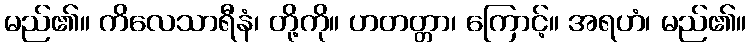
မည်၏။ ကိလေသာရီနံ၊ တို့ကို။ ဟတတ္တာ၊ ကြောင့်။ အရဟံ၊ မည်၏။